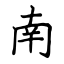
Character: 南